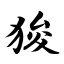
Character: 狻